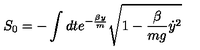
S _ { 0 } = - \int d t e ^ { - \frac { \beta y } { m } } \sqrt { 1 - \frac { \beta } { m g } { \dot { y } } ^ { 2 } }